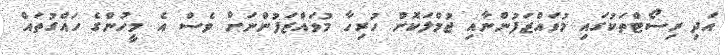
އަދި ރިސޯޓްތަކުގައި މުވައްޒަފުންނާއި ޖުމްލަކޮށް ހުރިހާ މުވައްޒަފުންނަށް ވެސް އެ މީހުންގެ ހައްގުތައް